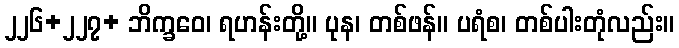
၂၂၆+၂၂၇+ ဘိက္ခဝေ၊ ရဟန်းတို့။ ပုန၊ တစ်ဖန်။ ပရံစ၊ တစ်ပါးတုံလည်း။